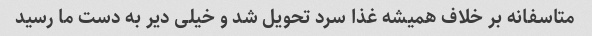
متاسفانه بر خلاف همیشه غذا سرد تحویل شد و خیلی دیر به دست ما رسید